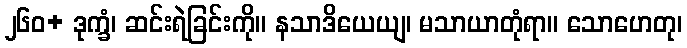
၂၆၀+ ဒုက္ခံ၊ ဆင်းရဲခြင်းကို။ နသာဒိယေယျ၊ မသာယာတုံရာ။ သောဟေတု၊